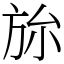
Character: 旀